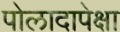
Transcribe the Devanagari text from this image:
पोलादापेक्षा